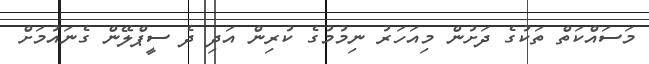
މަސައްކަތް ތަކުގެ ދަށުން މިއަހަރު ނިމުމުގެ ކުރިން އަދި ދެ ސީޕްލޭން ގެނައުމަށް